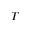
T